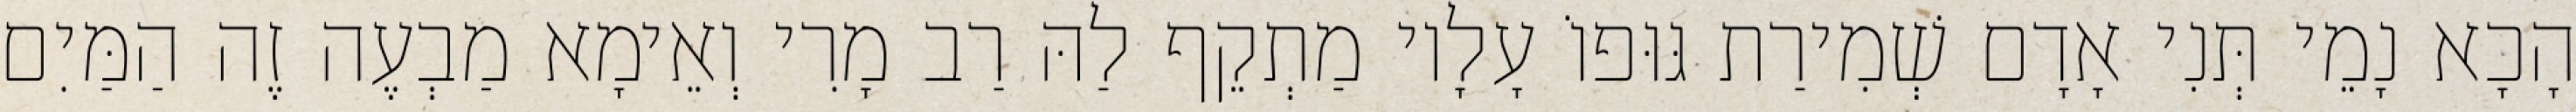
הָכָא נָמֵי תְּנִי אָדָם שְׁמִירַת גּוּפוֹ עָלָיו מַתְקֵף לַהּ רַב מָרִי וְאֵימָא מַבְעֶה זֶה הַמַּיִם